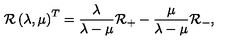
{ \cal R } \left( \lambda , \mu \right) ^ { T } = \frac \lambda { \lambda - \mu } { \cal R } _ { + } - \frac \mu { \lambda - \mu } { \cal R } _ { - } ,